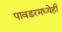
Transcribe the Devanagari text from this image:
पावडरमध्येही